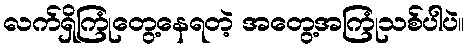
လက်ရှိကြုံတွေ့နေရတဲ့ အတွေ့အကြုံသစ်ပါပဲ။